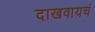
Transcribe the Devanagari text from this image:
दाखवायचं